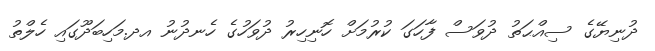
ދުނިޔޭގެ ސިއްޙަތު ދުވަސް ފާހަގަ ކުރުމަށް ހޮނިހިރު ދުވަހުގެ ހެނދުނު އދ.މަހިބަދޫގައި ހެލްތު